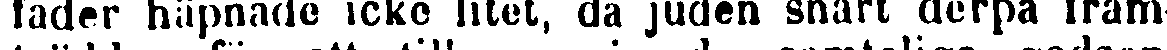
fader häpnade icke litet, då juden snart derpå fram-